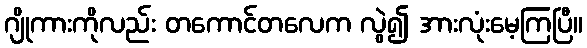
ဂျိုကားကိုလည်း တကောင်တလေက လွဲ၍ အားလုံးမေ့ကြပြီ။